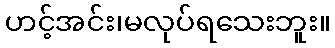
ဟင့်အင်း၊မလုပ်ရသေးဘူး။